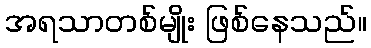
အရသာတစ်မျိုး ဖြစ်နေသည်။